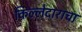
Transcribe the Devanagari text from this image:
किल्लेदाराचा